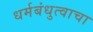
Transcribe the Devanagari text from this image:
धर्मबंधुत्वाचा